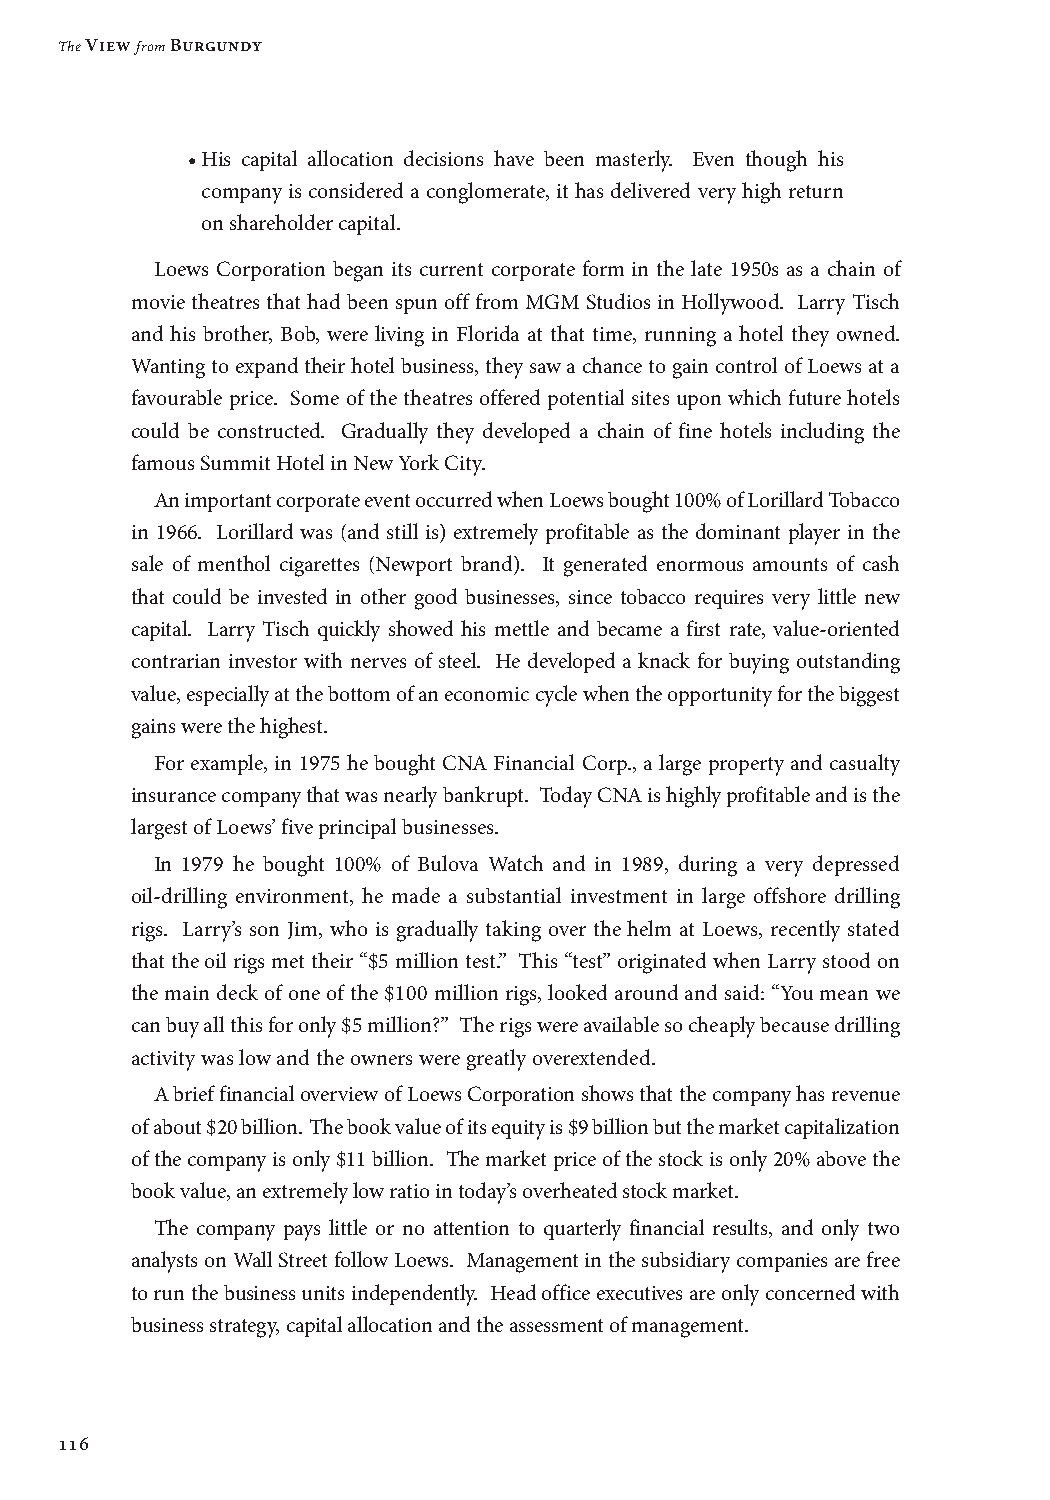
The View from Burgundy
 • His capital allocation decisions have been masterly. Even though his
 company is considered a conglomerate, it has delivered very high return
 on shareholder capital.
 Loews Corporation began its current corporate form in the late 1950s as a chain of
 movie theatres that had been spun off from MGM Studios in Hollywood. Larry Tisch
 and his brother, Bob, were living in Florida at that time, running a hotel they owned.
 Wanting to expand their hotel business, they saw a chance to gain control of Loews at a
 favourable price. Some of the theatres offered potential sites upon which future hotels
 could be constructed. Gradually they developed a chain of fine hotels including the
 famous Summit Hotel in New York City.
 An important corporate event occurred when Loews bought 100% of Lorillard Tobacco
 in 1966. Lorillard was (and still is) extremely profitable as the dominant player in the
 sale of menthol cigarettes (Newport brand). It generated enormous amounts of cash
 that could be invested in other good businesses, since tobacco requires very little new
 capital. Larry Tisch quickly showed his mettle and became a first rate, value-oriented
 contrarian investor with nerves of steel. He developed a knack for buying outstanding
 value, especially at the bottom of an economic cycle when the opportunity for the biggest
 gains were the highest.
 For example, in 1975 he bought CNA Financial Corp., a large property and casualty
 insurance company that was nearly bankrupt. Today CNA is highly profitable and is the
 largest of Loews’ five principal businesses.
 In 1979 he bought 100% of Bulova Watch and in 1989, during a very depressed
 oil-drilling environment, he made a substantial investment in large offshore drilling
 rigs. Larry’s son Jim, who is gradually taking over the helm at Loews, recently stated
 that the oil rigs met their “$5 million test.” This “test” originated when Larry stood on
 the main deck of one of the $100 million rigs, looked around and said: “You mean we
 can buy all this for only $5 million?” The rigs were available so cheaply because drilling
 activity was low and the owners were greatly overextended.
 A brief financial overview of Loews Corporation shows that the company has revenue
 of about $20 billion. The book value of its equity is $9 billion but the market capitalization
 of the company is only $11 billion. The market price of the stock is only 20% above the
 book value, an extremely low ratio in today’s overheated stock market.
 The company pays little or no attention to quarterly financial results, and only two
 analysts on Wall Street follow Loews. Management in the subsidiary companies are free
 to run the business units independently. Head office executives are only concerned with
 business strategy, capital allocation and the assessment of management.
 116